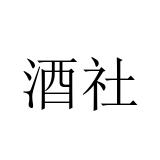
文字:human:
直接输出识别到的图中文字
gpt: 酒社